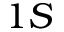
1 S